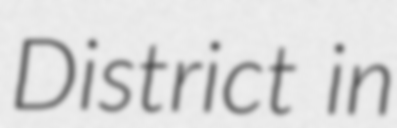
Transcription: District in